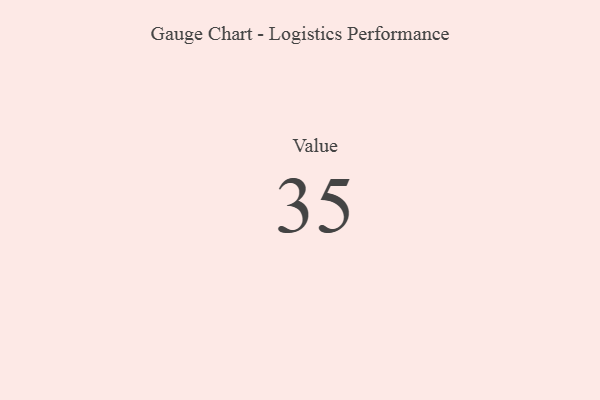
{"axis": {"x": "Metric", "y": "Value"}, "legend": [""], "data": [{"x": "Value", "y": 35, "type": ""}]}